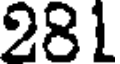
281